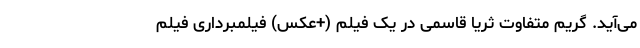
می‌آید. گریم متفاوت ثریا قاسمی در یک فیلم (+عکس) فیلمبرداری فیلم